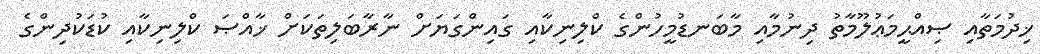
ޚިދުމަތާއި ޞިއްޙީމަޢުލޫމާތު ދިނުމާއި މާބަނޑުމީހުންގެ ކްލިނިކާއި ގައިންގަޔަށް ނާރާބަލިތަކަށް ޚާއްޞަ ކްލިނިކާއި ކުޑަކުދިންގެ